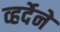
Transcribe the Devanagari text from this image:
व्हर्देने